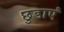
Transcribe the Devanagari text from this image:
छुडाएं